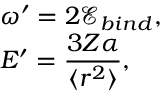
\begin{array} { l } { \omega ^ { \prime } = 2 \mathcal { E } _ { b i n d } , } \\ { \displaystyle E ^ { \prime } = \frac { 3 Z \alpha } { \langle r ^ { 2 } \rangle } , } \end{array}